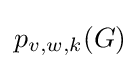
p_{v,w,k}(G)